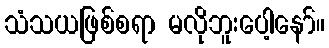
သံသယဖြစ်စရာ မလိုဘူးပေါ့နော်။